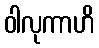
ဝါလုကာဟိ